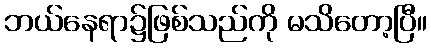
ဘယ်နေရာ၌ဖြစ်သည်ကို မသိတော့ပြီ။